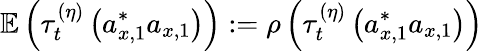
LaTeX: \mathbb{E}\left(\tau_{t}^{(\eta)}\left(a_{x,1}^{\ast}a_{x,1}\right)\right):=\rho\left(\tau_{t}^{(\eta)}\left(a_{x,1}^{\ast}a_{x,1}\right)\right)